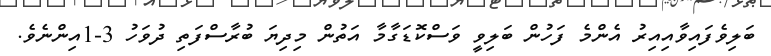
ބަލިވެފައިވާއިއިރު އެންމެ ފަހުން ބަލިވީ ވަސްކޮޑަގާމާ އަތުން މިދިޔަ ބުރާސްފަތި ދުވަހު 3-1އިންނެވެ.